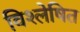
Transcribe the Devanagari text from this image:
विश्‍लेषित